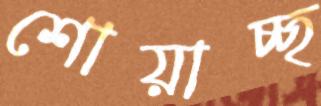
শোয়াচ্ছ